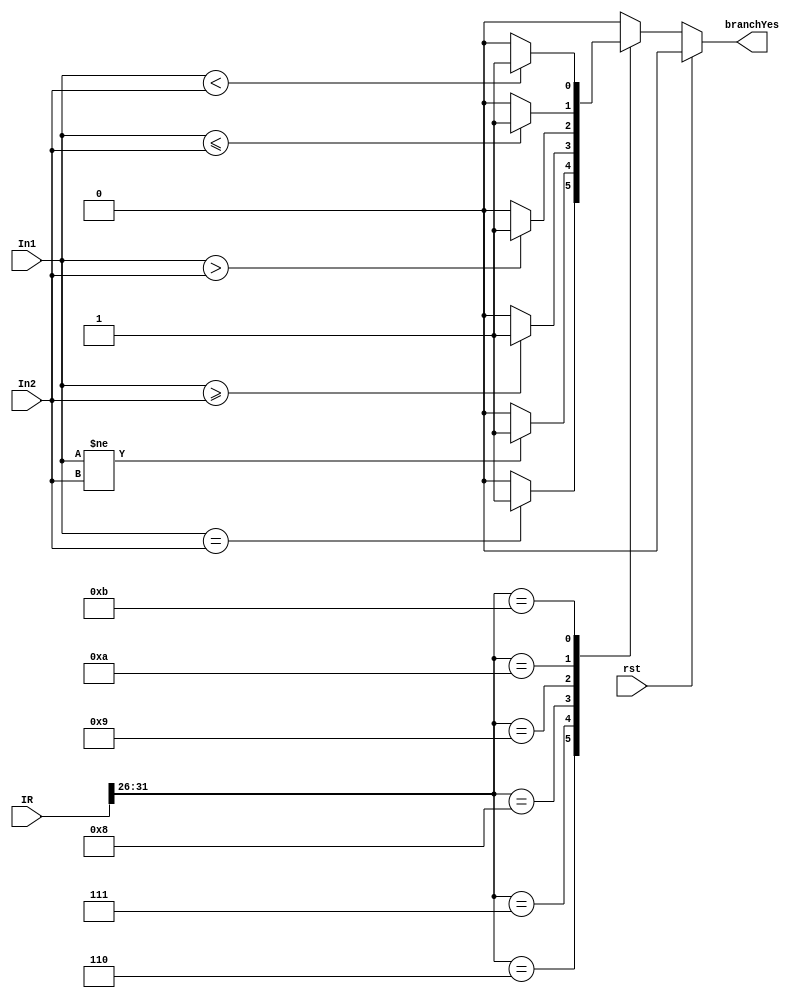
module Comparator_32bit (
  input wire [31:0] In1,
  input wire [31:0] In2,
  input wire [31:0] IR,
  input wire rst,
  output reg branchYes
  
);


	wire [5:0] opcode;
	reg eq, lt, gt, ge, le;
	assign opcode =  IR[31:26];
	
	
  always @(*)
	begin
    if (rst == 1) branchYes <=0;
    else begin
    case(opcode) 
        6'h6: begin if(In1 == In2) branchYes <= 1; else branchYes<= 0;  end
        6'h7: begin if(In1 != In2) branchYes <= 1; else branchYes<= 0;  end
        6'h8: begin if(In1 >= In2) branchYes <= 1; else branchYes<= 0;  end
        6'h9: begin if(In1 > In2) branchYes <= 1; else branchYes<= 0;   end
        6'hA: begin if(In1 <= In2) branchYes <= 1; else branchYes<= 0;  end
        6'hB: begin if(In1 < In2) branchYes <= 1; else branchYes<= 0;   end
		  default: begin branchYes<= 0; end
		  
      endcase
      end
  end

endmodule